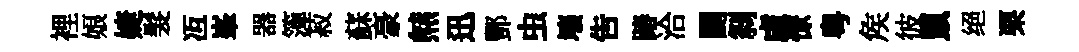
裡娘婕髮冱峯器𥱼菽蘇豪㷱迅酆虫壤告蹖洽闢𠛴慮憭粤矦彼鼠绝栗